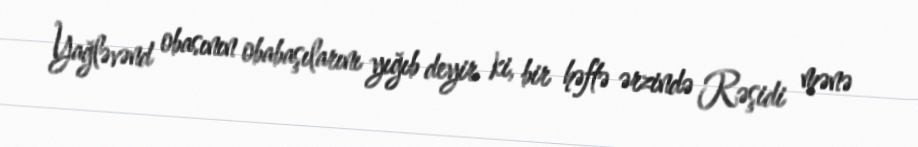
Yağləvənd obasının obabaşılarını yığıb deyir ki, bir həftə ərzində Rəşidi mənə